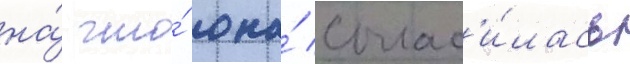
на́ что́ она́ соглас'и́лась